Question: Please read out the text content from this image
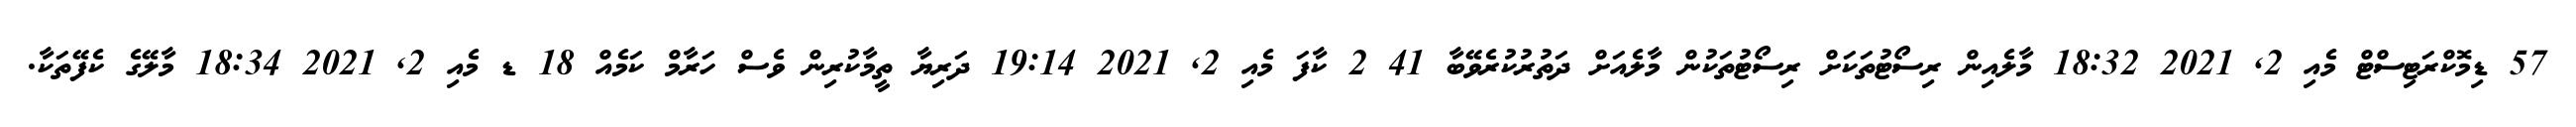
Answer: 57 ޑިމޮކްރަޓިސްޓް މެއި 2, 2021 18:32 މާލެއިން ރިސޯޓުތަކަށް ރިސޯޓުތަކުން މާލެއަށް ދަތުރުކުރެވޭބާ 41 2 ކާފަ މެއި 2, 2021 19:14 ދަރިޔާ ތީމާކުރިން ވެސް ހަރާމް ކަމެއް 18 ޑ މެއި 2, 2021 18:34 މާލޭގެ ކެފޭތަކާ.